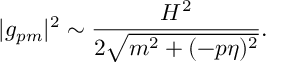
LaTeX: | g _ { p m } | ^ { 2 } \sim \frac { H ^ { 2 } } { 2 \sqrt { m ^ { 2 } + ( - p \eta ) ^ { 2 } } } .